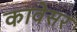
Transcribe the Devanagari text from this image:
कावेसर